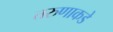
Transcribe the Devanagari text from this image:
तरुणाकडे